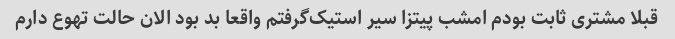
قبلا مشتری ثابت بودم امشب پیتزا سیر استیک‌گرفتم واقعا بد بود الان حالت تهوع دارم